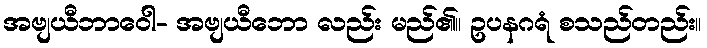
အဗျယီဘာဝေါ- အဗျယီဘော လည်း မည်၏။ ဥပနဂရံ စသည်တည်း။